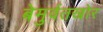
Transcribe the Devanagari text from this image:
बेमुर्वतखोर